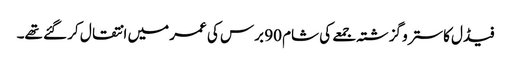
فیڈل کاسترو گزشتہ جمعے کی شام 90 برس کی عمر میں انتقال کر گئے تھے۔